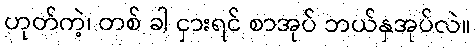
ဟုတ်ကဲ့၊ တစ် ခါ ငှားရင် စာအုပ် ဘယ်နှအုပ်လဲ။